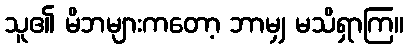
သူ၏ မိဘများကတော့ ဘာမျှ မသိရှာကြ။